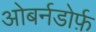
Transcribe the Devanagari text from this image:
ओबर्नडोर्फ़